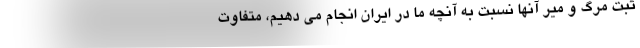
ثبت مرگ و میر آنها نسبت به آنچه ما در ایران انجام می دهیم، متفاوت